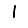
Digit: 1